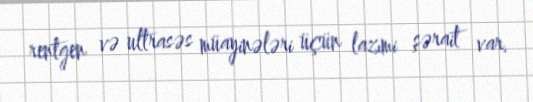
rentgen və ultrasəs müayinələri üçün lazımi şərait var.